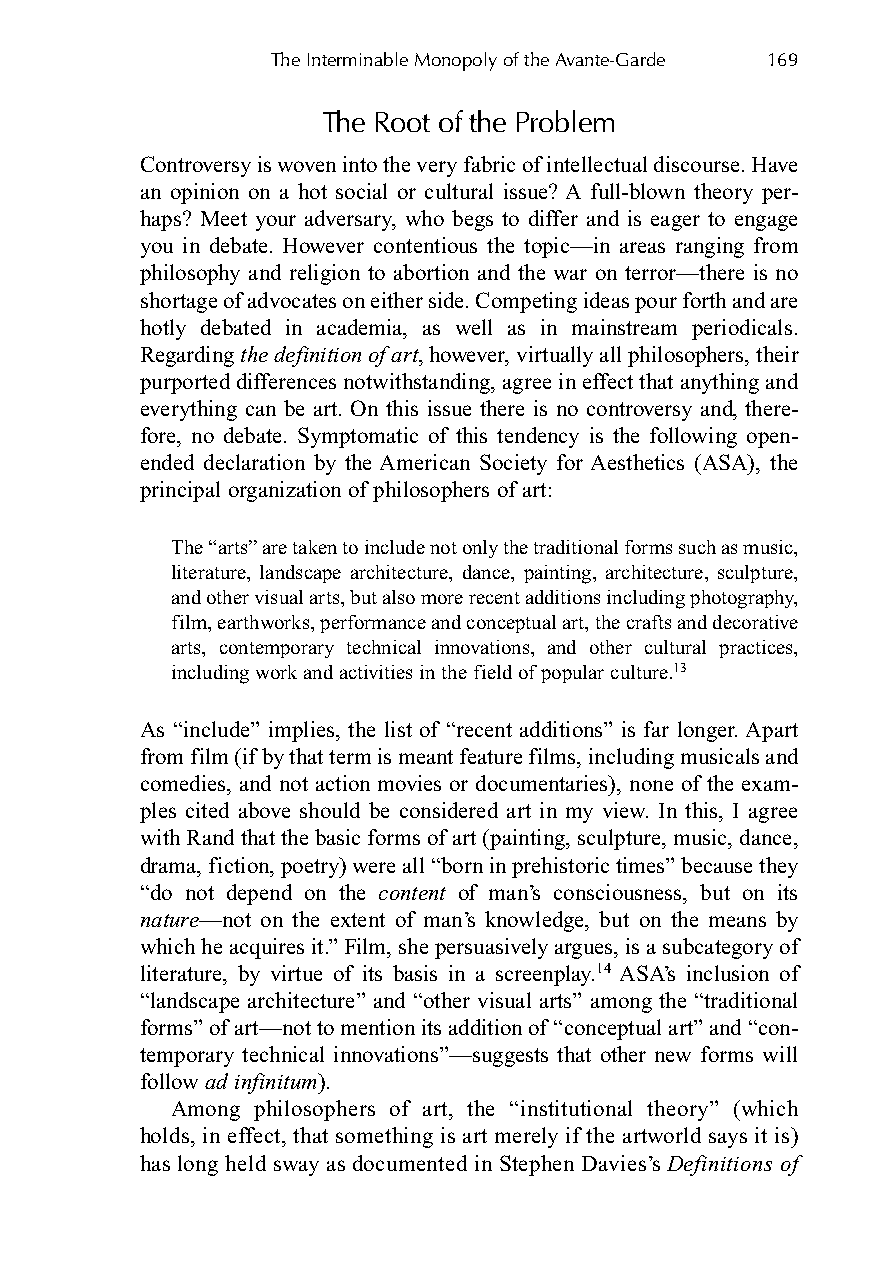
The Interminable Monopoly of the Avante-Garde 169
 The Root of the Problem
 Controversy is woven into the very fabric of intellectual discourse. Have
 an opinion on a hot social or cultural issue? A full-blown theory per-
 haps? Meet your adversary, who begs to differ and is eager to engage
 you in debate. However contentious the topic—in areas ranging from
 philosophy and religion to abortion and the war on terror—there is no
 shortage of advocates on either side. Competing ideas pour forth and are
 hotly debated in academia, as well as in mainstream periodicals.
 Regarding the definition of art, however, virtually all philosophers, their
 purported differences notwithstanding, agree in effect that anything and
 everything can be art. On this issue there is no controversy and, there-
 fore, no debate. Symptomatic of this tendency is the following open-
 ended declaration by the American Society for Aesthetics (ASA), the
 principal organization of philosophers of art:
 The “arts” are taken to include not only the traditional forms such as music,
 literature, landscape architecture, dance, painting, architecture, sculpture,
 and other visual arts, but also more recent additions including photography,
 film, earthworks, performance and conceptual art, the crafts and decorative
 arts, contemporary technical innovations, and other cultural practices,
 including work and activities in the field of popular culture.13
 As “include” implies, the list of “recent additions” is far longer. Apart
 from film (if by that term is meant feature films, including musicals and
 comedies, and not action movies or documentaries), none of the exam-
 ples cited above should be considered art in my view. In this, I agree
 with Rand that the basic forms of art (painting, sculpture, music, dance,
 drama, fiction, poetry) were all “born in prehistoric times” because they
 “do not depend on the content of man’s consciousness, but on its
 nature—not on the extent of man’s knowledge, but on the means by
 which he acquires it.” Film, she persuasively argues, is a subcategory of
 literature, by virtue of its basis in a screenplay.14 ASA’s inclusion of
 “landscape architecture” and “other visual arts” among the “traditional
 forms” of art—not to mention its addition of “conceptual art” and “con-
 temporary technical innovations”—suggests that other new forms will
 follow ad infinitum).
 Among philosophers of art, the “institutional theory” (which
 holds, in effect, that something is art merely if the artworld says it is)
 has long held sway as documented in Stephen Davies’s Definitions of